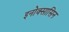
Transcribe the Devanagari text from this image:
इनोक्सासिन